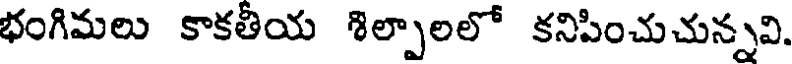
భంగిమలు కాకతీయ శిల్పాలలో కనిపించుచున్నవి.